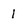
Character: 1